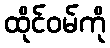
ထိုင်ဝမ်ကို